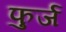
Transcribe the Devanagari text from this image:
फुर्ज